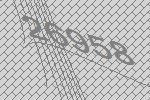
26958